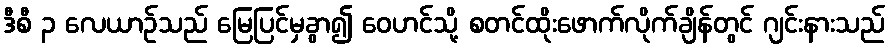
ဒီစီ ၃ လေယာဉ်သည် မြေပြင်မှခွာ၍ ဝေဟင်သို့ စတင်ထိုးဖောက်လိုက်ချိန်တွင် ဂျင်းနားသည်